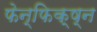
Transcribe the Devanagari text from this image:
फेन्फिक्ष्न